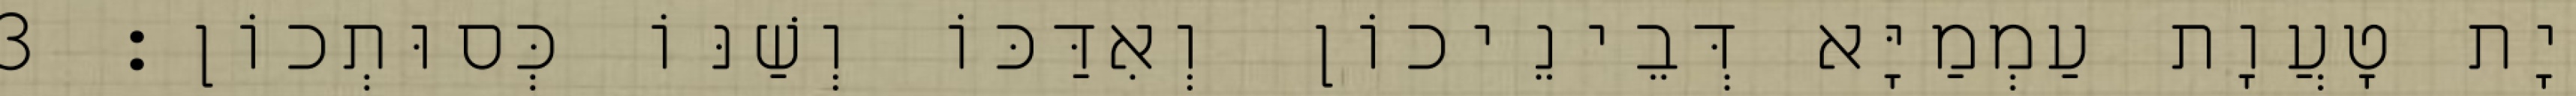
יָת טָעֲוָת עַמְמַיָּא דְּבֵינֵיכוֹן וְאִדַּכּוֹ וְשַׁנּוֹ כְּסוּתְכוֹן׃ 3